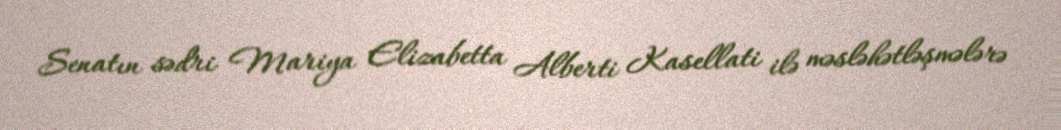
Senatın sədri Mariya Elizabetta Alberti Kasellati ilə məsləhətləşmələrə